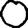
Digit: 0